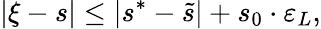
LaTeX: |\xi-s|\leq|s^{*}-\widetilde s|+s_{0}\cdot\varepsilon_{L},